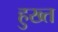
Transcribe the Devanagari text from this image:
हुख्त